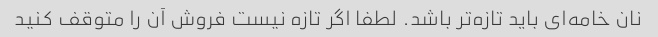
نان خامه‌ای باید تازه‌تر باشد. لطفا اگر تازه نیست فروش آن را متوقف کنید